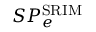
S P _ { e } ^ { \mathrm { S R I M } }